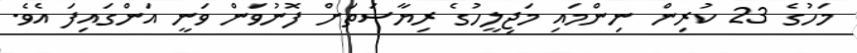
މަހުގެ 23 ކުރިން ނިންމައި މަޖިލީހުގެ ރިޔާސަތަށް ފޮނުވަން ވަނީ އަންގައިފަ އެވެ.